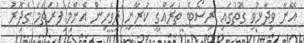
އޭނާ ވިދާޅުވި ގޮތުގައި ރިސޯޓް ތަރައްގީ ކުރާނީ ދިވެހިން އެންމެ ފުރަތަމަ ގެދޮރު